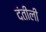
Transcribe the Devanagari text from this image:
दंतीली